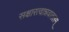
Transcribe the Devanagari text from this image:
सक्षारत्वान्नवातलम्